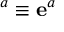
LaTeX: \mathbf { \omega } ^ { a } \equiv \mathbf { e } ^ { a }